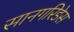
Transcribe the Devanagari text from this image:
सानगरिडेस